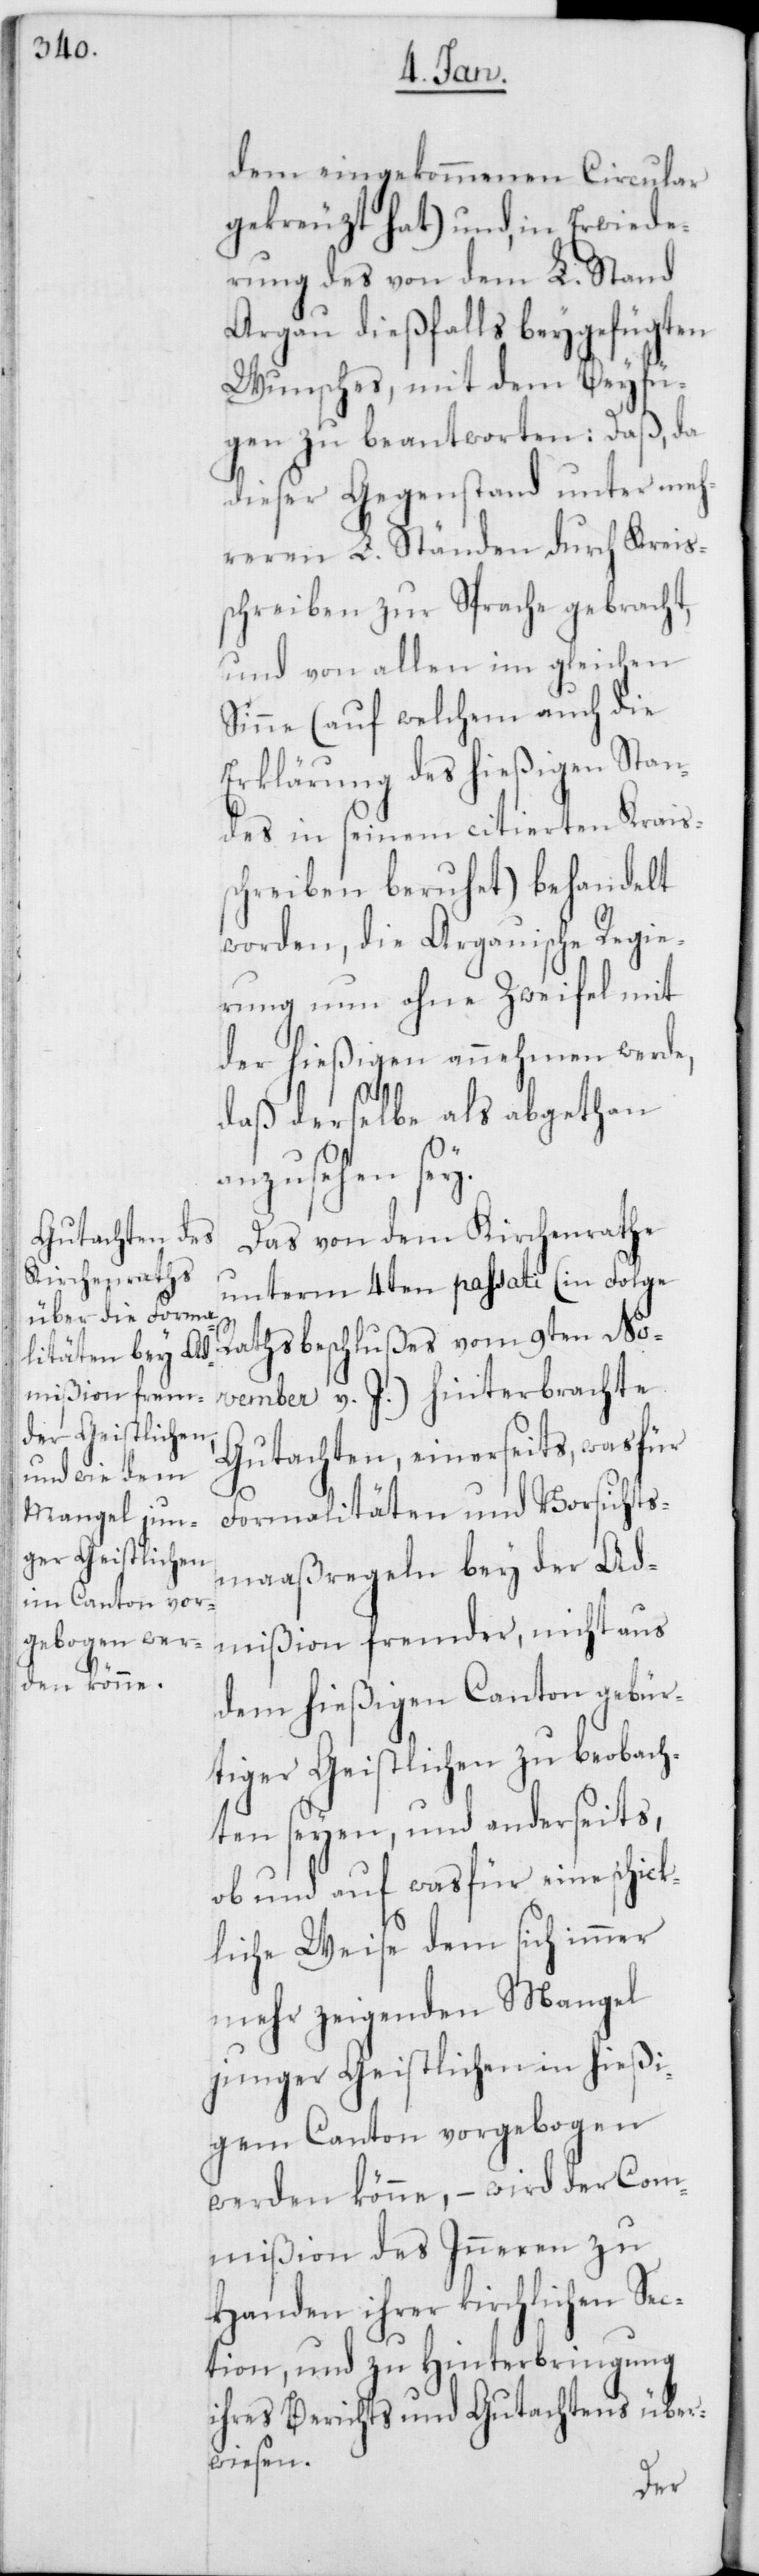
dem eingekommenen Circular
gekreuzt hat) und, in Erwide¬
rung des von dem L. Stand
Argau dießfalls beygefügten
Wunsches, mit dem Beyfü¬
gen zu beantworten: Daß, da
dieser Gegenstand unter meh¬
Kreis¬
reren L. Ständen
schreiben zur Sprache gebracht,
und von allen im gleichen
Sinne (auf welchem auch die
Erklärung des hießigen Stan¬
des in seinem citierten Krais¬
schreiben beruhet) behandelt
worden, die Argauische Regie¬
rung nun ohne Zweifel mit
der hießigen annehmen werde,
daß derselbe als abgethan
anzusehen sey.
Das von dem Kirchenrathe
unterm 4ten passati (in Folge
Rathsbeschlußes vom 9ten No¬
vember v. J.) hinterbrachte
Gutachten, einerseits, was für
Formalitäten und Vorsichts¬
maaßregeln bey der Ad¬
mißion fremder, nicht aus
dem hießigen Canton gebür¬
tiger Geistlichen zu beobach¬
ten seyen, und anderseits,
ob und auf was für eine schick¬
liche Weise dem sich immer
mehr zeigenden Mangel
junger Geistlichen in hießi¬
gem Canton vorgebogen
werden könne, – wird der Com¬
mißion des Inneren zu
Handen ihrer kirchlichen Se¬
ction, und zu Hinterbringung
ihres Berichts und Gutachtens über¬
wiesen.